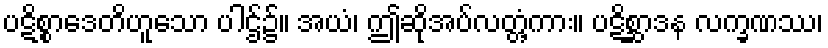
ပဋိစ္စာဒေတိဟူသော ပါဌ်၌။ အယံ၊ ဤဆိုအပ်လတ္တံ့ကား။ ပဋိစ္ဆာဒန လက္ခဏဿ၊